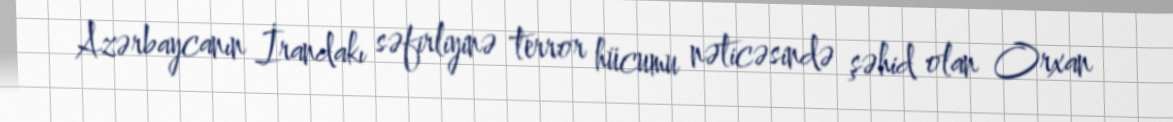
Azərbaycanın İrandakı səfirliyinə terror hücumu nəticəsində şəhid olan Orxan